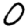
Digit: 0